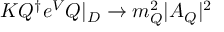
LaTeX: K Q ^ { \dagger } e ^ { V } Q | _ { D } \rightarrow m _ { Q } ^ { 2 } | A _ { Q } | ^ { 2 }